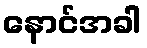
နောင်အခါ